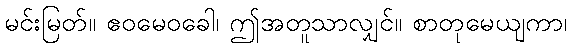
မင်းမြတ်။ ဧဝမေဝခေါ၊ ဤအတူသာလျှင်။ စာတုမေယျကာ၊